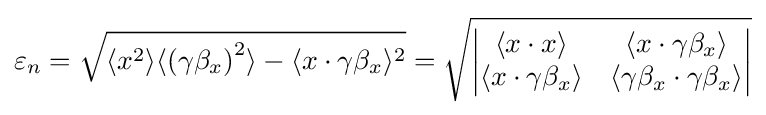
\varepsilon _{n}={\sqrt {\langle x^{2}\rangle \langle \left(\gamma \beta _{x}\right)^{2}\rangle -\langle x\cdot \gamma \beta _{x}\rangle ^{2}}}={\sqrt {\begin{vmatrix}\langle x\cdot x\rangle &\langle x\cdot \gamma \beta _{x}\rangle \\\langle x\cdot \gamma \beta _{x}\rangle &\langle \gamma \beta _{x}\cdot \gamma \beta _{x}\rangle \end{vmatrix}}}